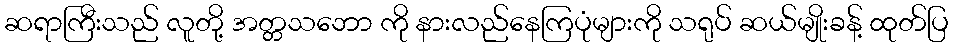
ဆရာကြီးသည် လူတို့ အတ္တသဘော ကို နားလည်နေကြပုံများကို သရုပ် ဆယ်မျိုးခန့် ထုတ်ပြ